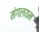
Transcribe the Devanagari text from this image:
मंगलयम